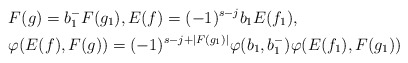
\begin{align*}& F(g) = b_1^-F(g_1),E(f) = (-1)^{s-j} b_1 E(f_1), \\& \varphi(E(f),F(g)) = (-1)^{s-j+ |F(g_1)|} \varphi(b_1,b_1^-) \varphi(E(f_1),F(g_1)) \end{align*}